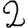
Digit: 2